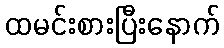
ထမင်းစားပြီးနောက်